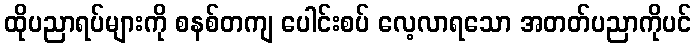
ထိုပညာရပ်များကို စနစ်တကျ ပေါင်းစပ် လေ့လာရသော အတတ်ပညာကိုပင်